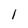
Character: 1